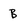
Character: B